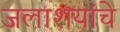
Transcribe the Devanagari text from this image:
जलाशयांचे